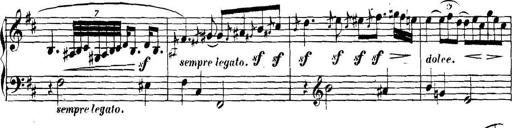
Title: Collected Piano Sonatas
Composer: Muzio Clementi